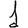
Digit: 1